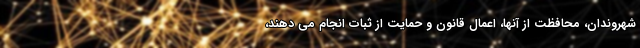
شهروندان، محافظت از آنها، اعمال قانون و حمایت از ثبات انجام می دهند،